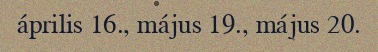
április 16., május 19., május 20.